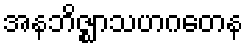
အနဘိဇ္ဈာသဟဂတေန